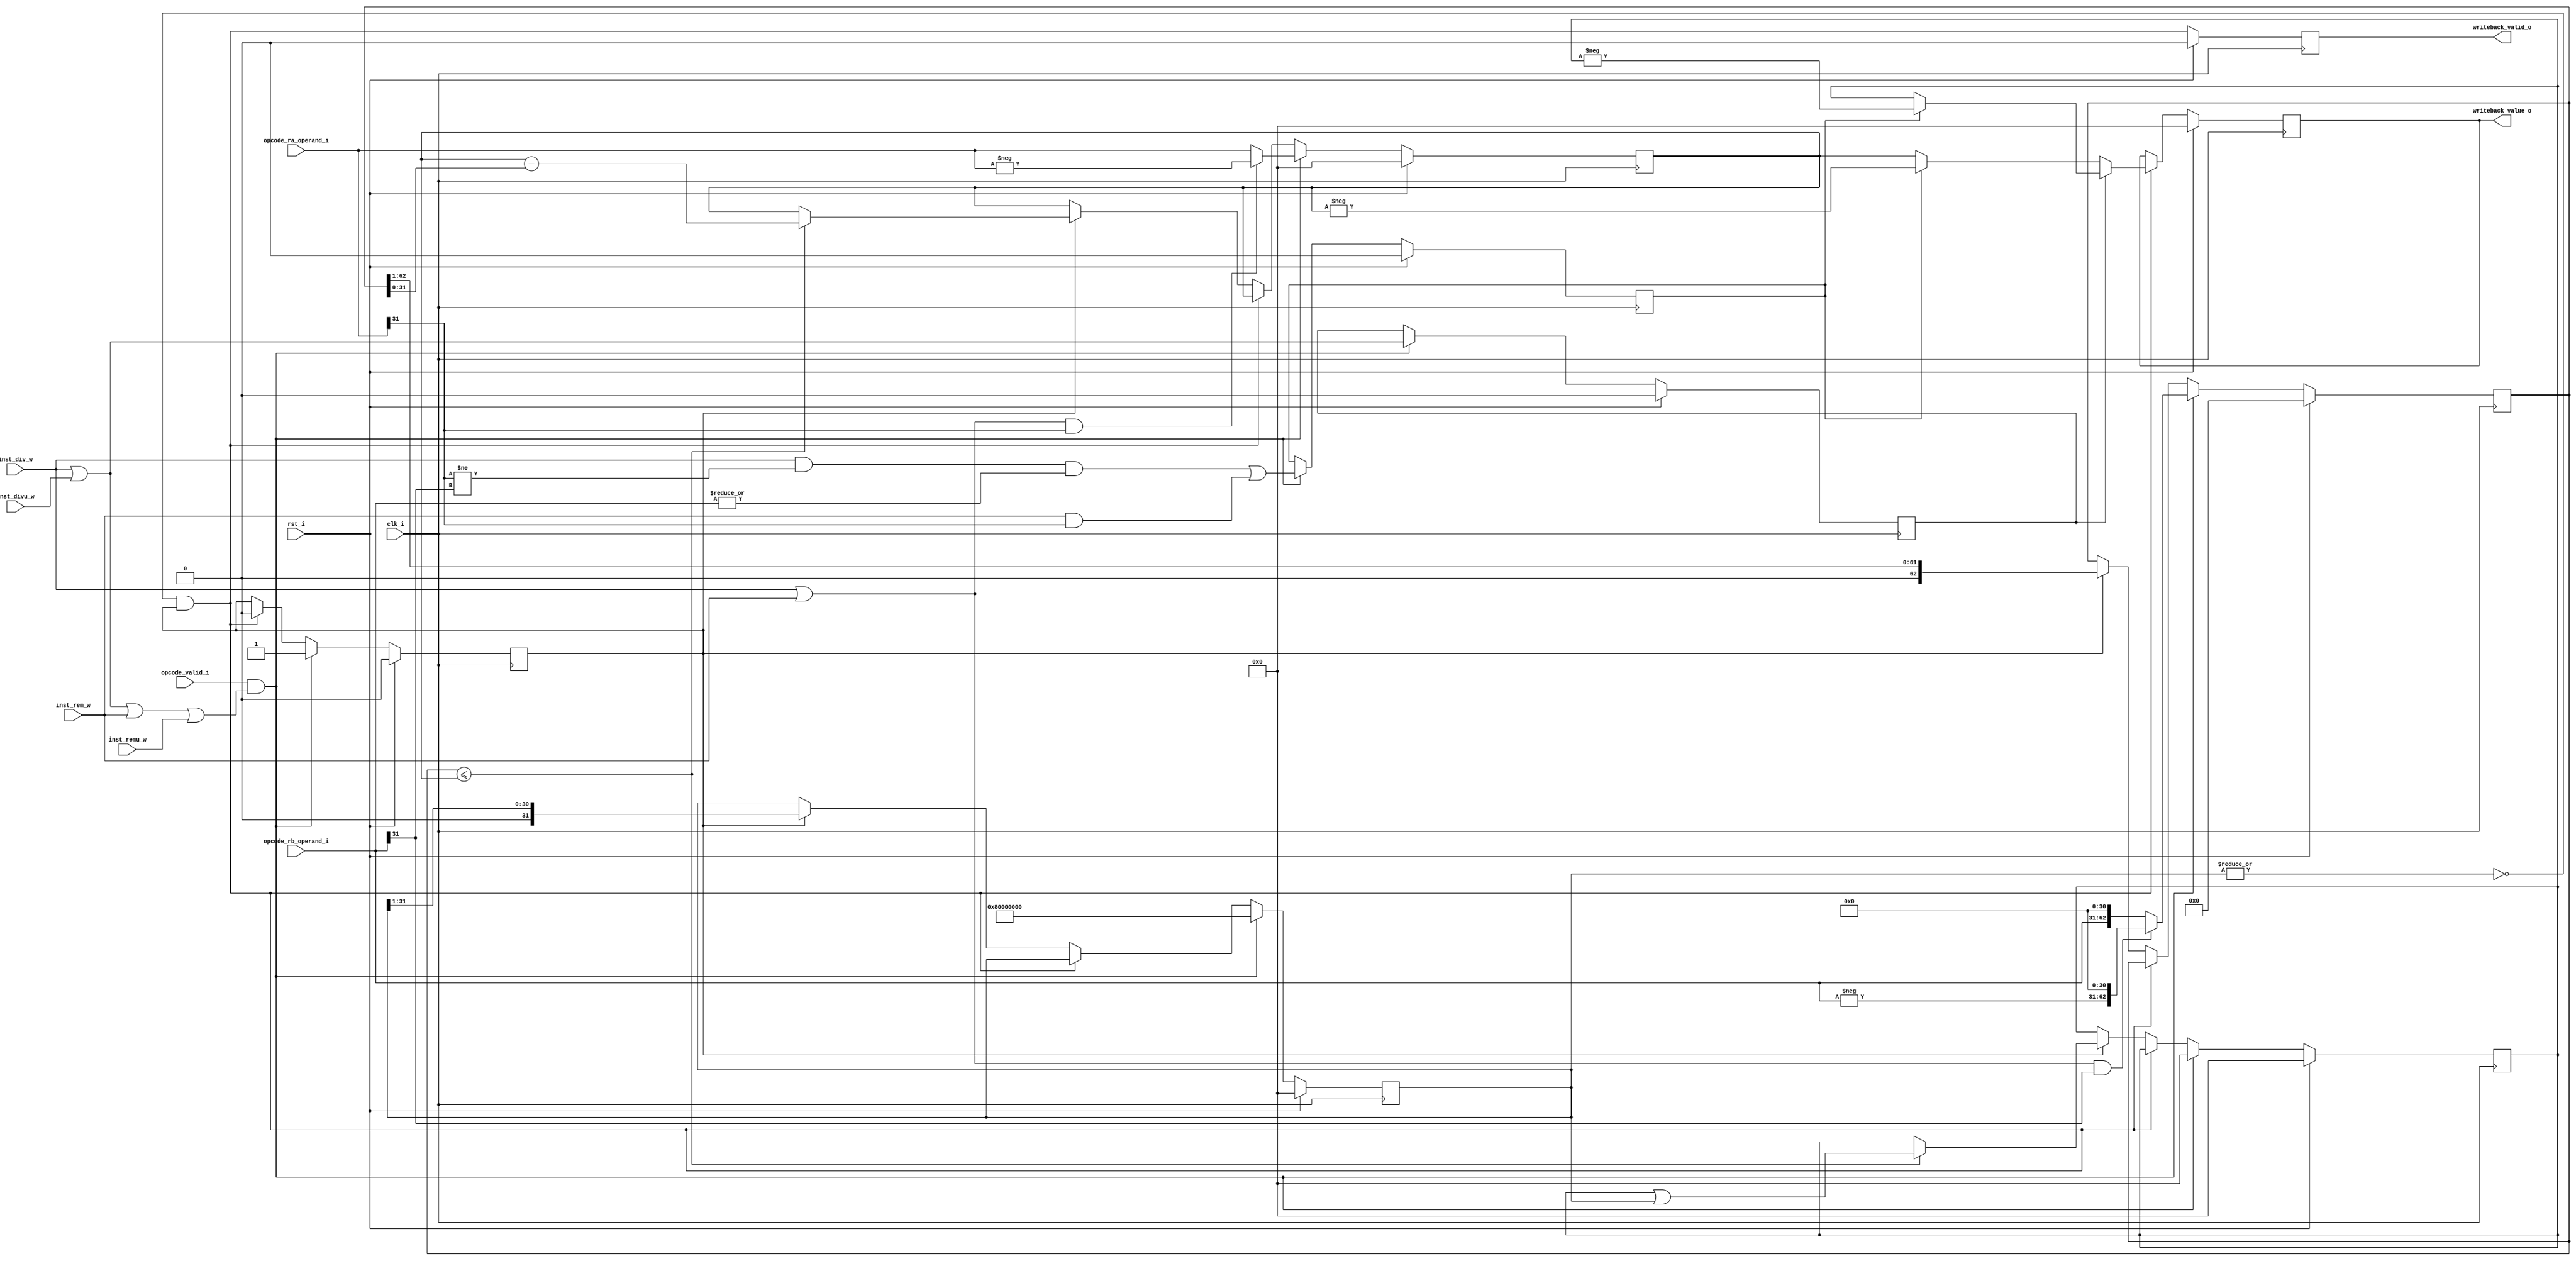
module riscv_divider_1
(
     input           clk_i
    ,input           rst_i
    ,input           opcode_valid_i
    ,input           inst_div_w
    ,input           inst_divu_w
    ,input           inst_rem_w
    ,input           inst_remu_w
    ,input  [ 31:0]  opcode_ra_operand_i
    ,input  [ 31:0]  opcode_rb_operand_i
    ,output          writeback_valid_o
    ,output [ 31:0]  writeback_value_o
);
reg          valid_q;
reg  [31:0]  wb_result_q;
wire div_rem_inst_w     = (inst_div_w)  || 
                          (inst_divu_w) ||
                          (inst_rem_w)  ||
                          (inst_remu_w);
wire signed_operation_w = (inst_div_w) || (inst_rem_w);
wire div_operation_w    = (inst_div_w) || (inst_divu_w);
reg [31:0] dividend_q;
reg [62:0] divisor_q;
reg [31:0] quotient_q;
reg [31:0] q_mask_q;
reg        div_inst_q;
reg        div_busy_q;
reg        invert_res_q;
wire div_start_w    = opcode_valid_i & div_rem_inst_w;
wire div_complete_w = !(|q_mask_q) & div_busy_q;
always @(posedge clk_i)
if (rst_i)
begin
    div_busy_q     <= 1'b0;
    dividend_q     <= 32'b0;
    divisor_q      <= 63'b0;
    invert_res_q   <= 1'b0;
    quotient_q     <= 32'b0;
    q_mask_q       <= 32'b0;
    div_inst_q     <= 1'b0;
end
else if (div_start_w)
begin
    div_busy_q     <= 1'b1;
    div_inst_q     <= div_operation_w;
    if (signed_operation_w && opcode_ra_operand_i[31])
        dividend_q <= -opcode_ra_operand_i;
    else
        dividend_q <= opcode_ra_operand_i;
    if (signed_operation_w && opcode_rb_operand_i[31])
        divisor_q <= {-opcode_rb_operand_i, 31'b0};
    else
        divisor_q <= {opcode_rb_operand_i, 31'b0};
    invert_res_q  <= ((inst_div_w) && (opcode_ra_operand_i[31] != opcode_rb_operand_i[31]) && |opcode_rb_operand_i) || 
                     ((inst_rem_w) && opcode_ra_operand_i[31]);
    quotient_q     <= 32'b0;
    q_mask_q       <= 32'h80000000;
end
else if (div_complete_w)
begin
    div_busy_q <= 1'b0;
end
else if (div_busy_q)
begin
    if (divisor_q <= {31'b0, dividend_q})
    begin
        dividend_q <= dividend_q - divisor_q[31:0];
        quotient_q <= quotient_q | q_mask_q;
    end
    divisor_q <= {1'b0, divisor_q[62:1]};
    q_mask_q  <= {1'b0, q_mask_q[31:1]};
end
reg [31:0] div_result_r;
always @ *
begin
    div_result_r = 32'b0;
    if (div_inst_q)
        div_result_r = invert_res_q ? -quotient_q : quotient_q;
    else
        div_result_r = invert_res_q ? -dividend_q : dividend_q;
end
always @(posedge clk_i)
if (rst_i)
    valid_q <= 1'b0;
else
    valid_q <= div_complete_w;
always @(posedge clk_i)
if (rst_i)
    wb_result_q <= 32'b0;
else if (div_complete_w)
    wb_result_q <= div_result_r;
assign writeback_valid_o = valid_q;
assign writeback_value_o  = wb_result_q;
endmodule